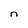
Character: n